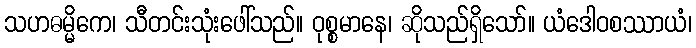
သဟဓမ္မိကေ၊ သီတင်းသုံးဖေါ်သည်။ ဝုစ္စမာနေ၊ ဆိုသည်ရှိသော်။ ယံဒေါဝစဿာယံ၊